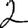
Digit: 2